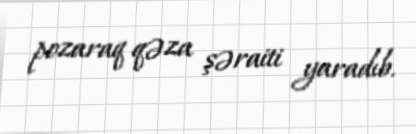
pozaraq qəza şəraiti yaradıb.